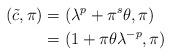
LaTeX: \begin{align*} (\tilde{c},\pi)&=(\lambda^p+\pi^s \theta, \pi) \\ &=(1+\pi \theta \lambda^{-p},\pi)\end{align*}